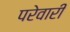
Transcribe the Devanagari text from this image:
परेवारी